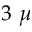
3 ~ \mu